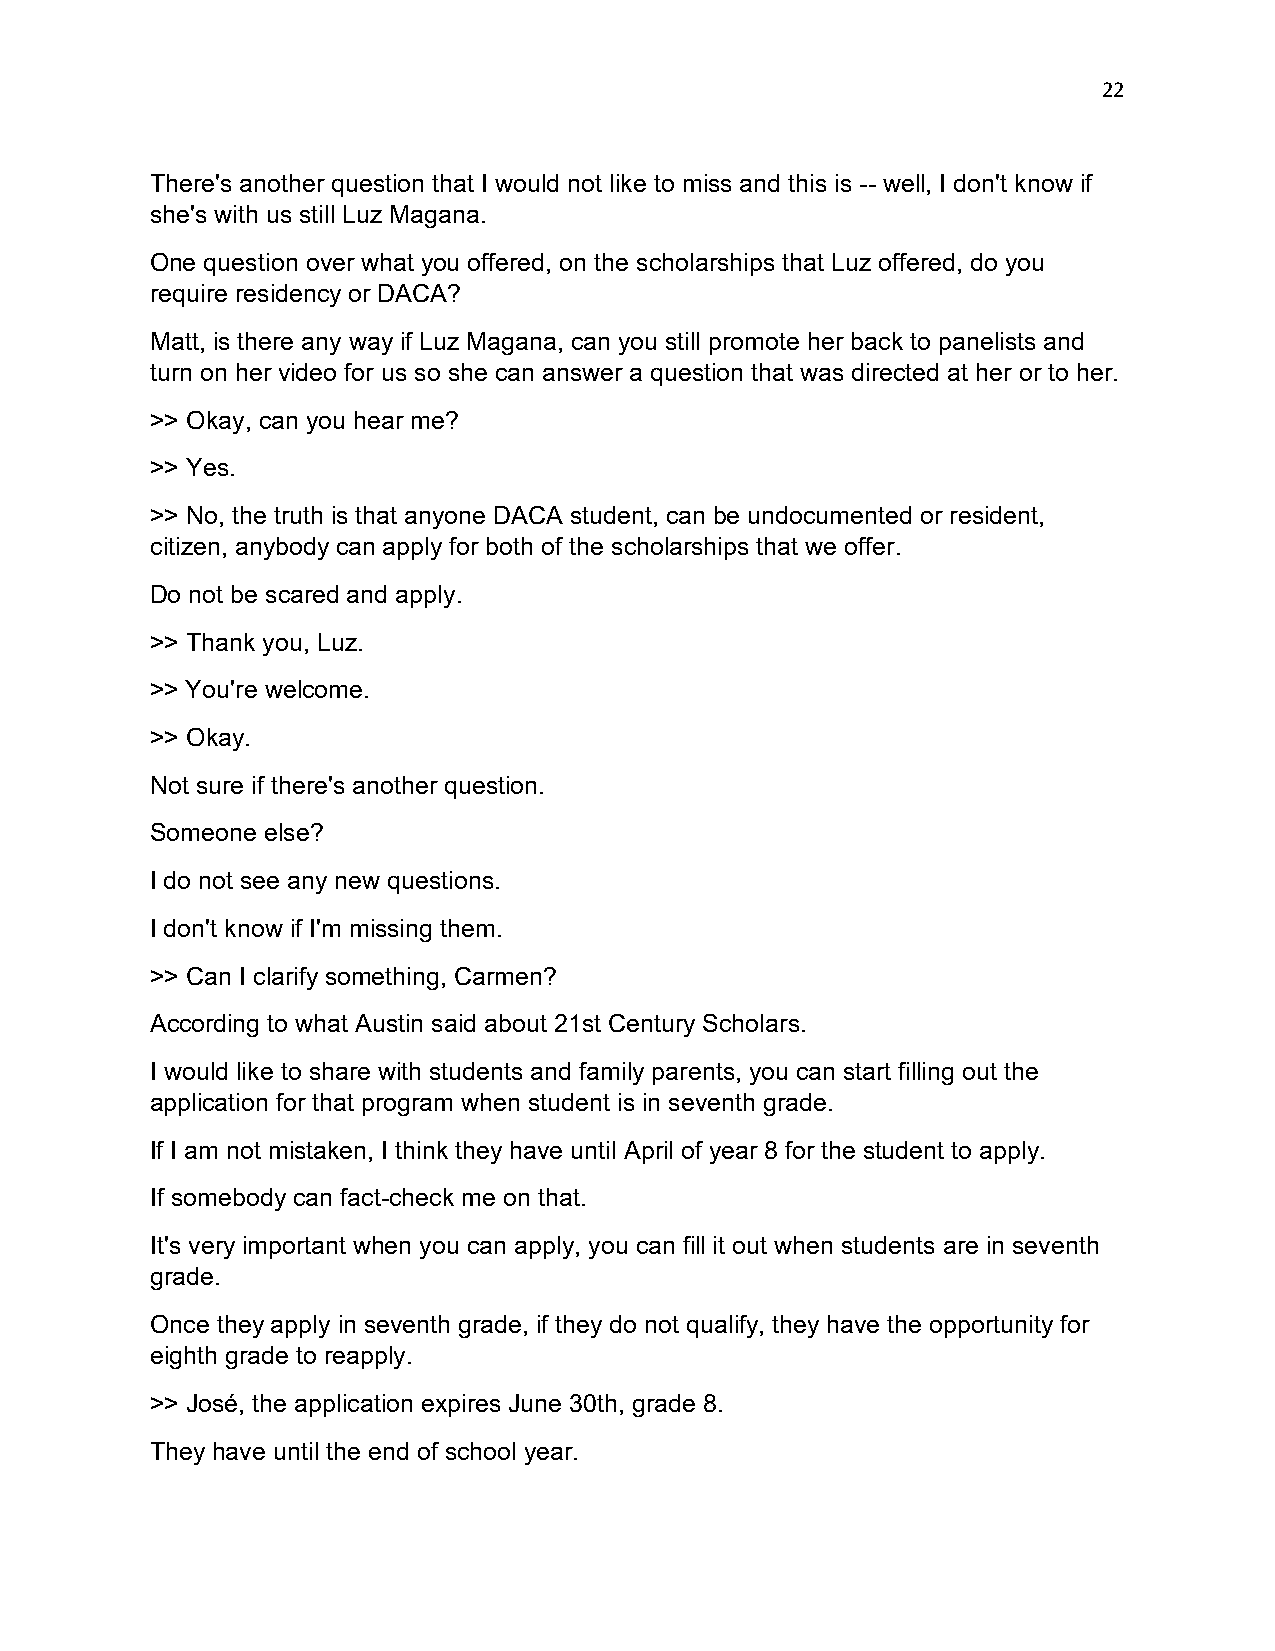
22
 There's another question that I would not like to miss and this is -- well, I don't know if
 she's with us still Luz Magana.
 One question over what you offered, on the scholarships that Luz offered, do you
 require residency or DACA?
 Matt, is there any way if Luz Magana, can you still promote her back to panelists and
 turn on her video for us so she can answer a question that was directed at her or to her.
 >> Okay, can you hear me?
 >> Yes.
 >> No, the truth is that anyone DACA student, can be undocumented or resident,
 citizen, anybody can apply for both of the scholarships that we offer.
 Do not be scared and apply.
 >> Thank you, Luz.
 >> You're welcome.
 >> Okay.
 Not sure if there's another question.
 Someone else?
 I do not see any new questions.
 I don't know if I'm missing them.
 >> Can I clarify something, Carmen?
 According to what Austin said about 21st Century Scholars.
 I would like to share with students and family parents, you can start filling out the
 application for that program when student is in seventh grade.
 If I am not mistaken, I think they have until April of year 8 for the student to apply.
 If somebody can fact-check me on that.
 It's very important when you can apply, you can fill it out when students are in seventh
 grade.
 Once they apply in seventh grade, if they do not qualify, they have the opportunity for
 eighth grade to reapply.
 >> José, the application expires June 30th, grade 8.
 They have until the end of school year.